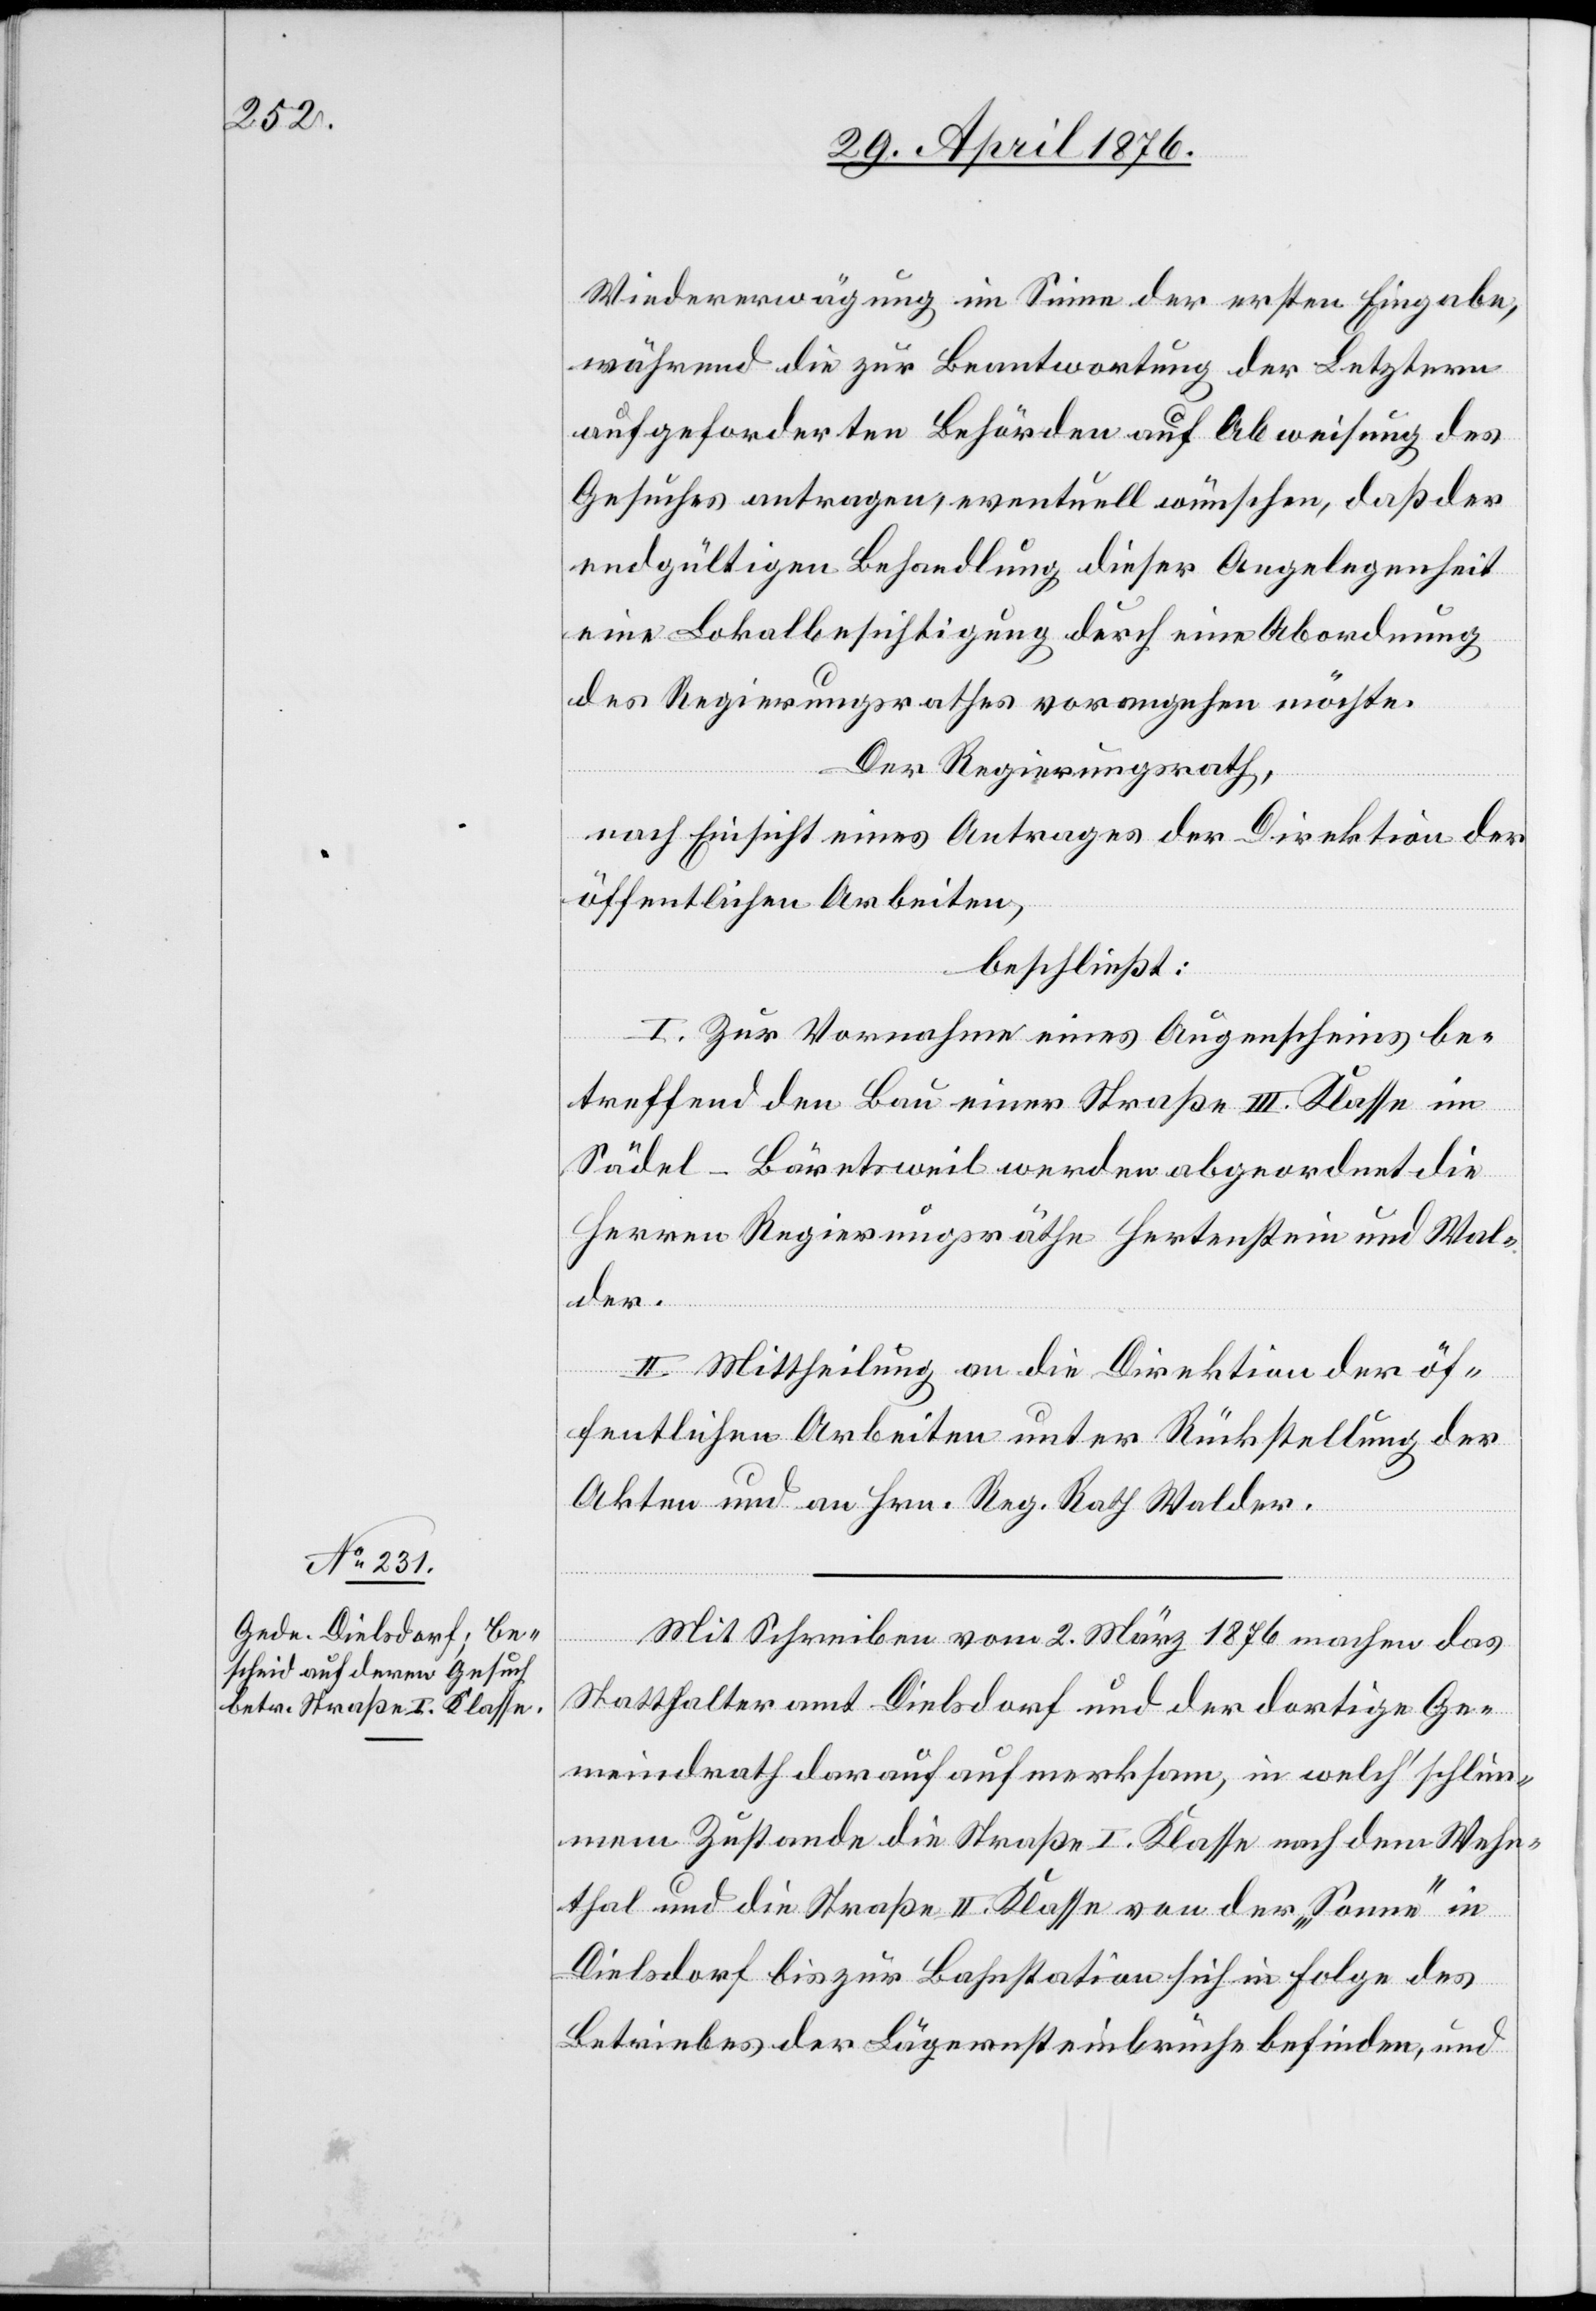
Wiedererwägung im Sinne der ersten Eingabe,
während die zur Beantwortung der Letztern
aufgeforderten Behörden auf Abweisung des
Gesuches antragen, eventuell wünschen, daß der
endgültigen Behandlung dieser Angelegenheit
eine Lokalbesichtigung durch eine Abordnung
des Regierungsrathes vorangehen möchte.
Der Regierungsrath,
nach Einsicht eines Antrages der Direktion der
öffentlichen Arbeiten,
beschließt:
I. Zur Vornahme eines Augenscheins be¬
treffend den Bau einer Straße III. Klasse in
Sädel-Bäretsweil werden abgeordnet die
Herren Regierungsräthe Hertenstein und Wal¬
der.
II. Mittheilung an die Direktion der öf¬
fentlichen Arbeiten unter Rückstellung der
Akten und an Hrn. Reg. Rath Walder.
Mit Schreiben vom 2. März 1876 machen das
Statthalteramt Dielsdorf und der dortige Ge¬
meindrath darauf aufmerksam, in welch’ schlim¬
mem Zustande die Straße I. Klasse nach dem Wehn¬
thal und die Straße II. Klasse von der „Sonne“ in
Dielsdorf bis zur Bahnstation sich in Folge des
Betriebes der Lägernsteinbrüche befinden, und